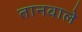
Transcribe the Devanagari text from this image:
तानवाले